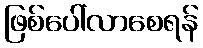
ဖြစ်ပေါ်လာစေရန်